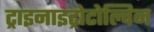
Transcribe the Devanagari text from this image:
ट्राइनाइट्रोटोल्विन